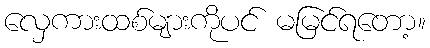
လှေကားထစ်များကိုပင် မမြင်ရတော့။